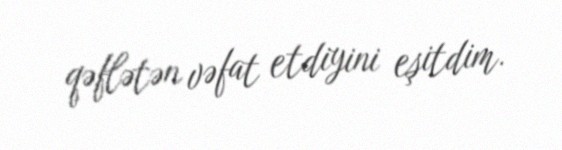
qəflətən vəfat etdiyini eşitdim.